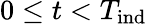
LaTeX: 0\leq t<T_{\mathrm{ind}}